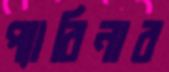
প্যারিনার